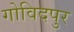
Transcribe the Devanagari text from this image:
गोविदपुर